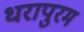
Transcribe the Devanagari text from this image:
धरापुरम